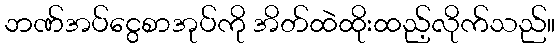
ဘဏ်အပ်ငွေစာအုပ်ကို အိတ်ထဲထိုးထည့်လိုက်သည်။